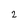
Character: 2